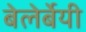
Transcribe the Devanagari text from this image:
बेलेर्बेयी